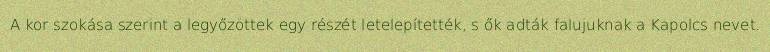
A kor szokása szerint a legyőzöttek egy részét letelepítették, s ők adták falujuknak a Kapolcs nevet.